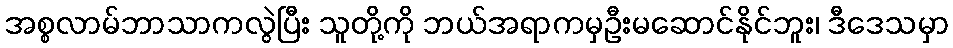
အစ္စလာမ်ဘာသာကလွဲပြီး သူတို့ကို ဘယ်အရာကမှဦးမဆောင်နိုင်ဘူး၊ ဒီဒေသမှာ